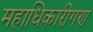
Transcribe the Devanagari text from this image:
महाधिकारीगण